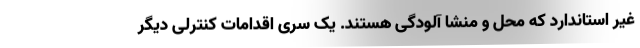
غیر استاندارد که محل و منشا آلودگی هستند. یک سری اقدامات کنترلی دیگر